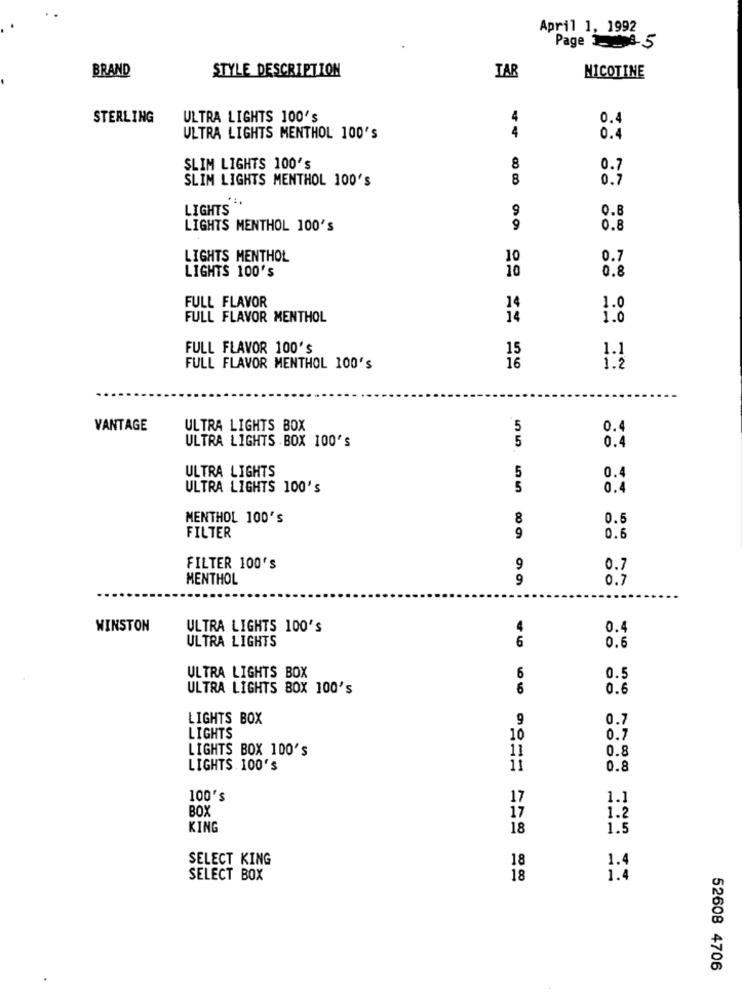
April 1, 1992
Page 14-5
BRAND
STYLE DESCRIPTION
TAR
NICOTINE
STERLING
ULTRA LIGHTS 100's
0.4
ULTRA LIGHTS MENTHOL 100'S
44
0.4
SLIM LIGHTS 100's
8
SLIM LIGHTS MENTHOL 100's
8
LIGHTS
9
0.8
LIGHTS MENTHOL 100's
9
0.8
LIGHTS MENTHOL
10
0.7
LIGHTS 100'S
10
0.8
FULL FLAVOR
14
1.0
FULL FLAVOR MENTHOL
14
1.0
FULL FLAVOR 100's
15
1.1
16
FULL FLAVOR MENTHOL 100's
1.2
VANTAGE
ULTRA LIGHTS BOX
5
0.4
ULTRA LIGHTS BOX 100's
5
0.4
ULTRA LIGHTS
5
0.4
ULTRA LIGHTS 100's
5
0.4
MENTHOL 100'S
8
0.5
FILTER
9
0.6
FILTER 100's
9
0.7
MENTHOL
9
0.7
WINSTON
ULTRA LIGHTS 100'S
0.4
ULTRA LIGHTS
6
0.6
ULTRA LIGHTS BOX
6
0.5
ULTRA LIGHTS BOX 100's
6
0.6
LIGHTS BOX
9
0.7
LIGHTS
10
0.7
LIGHTS BOX 100'S
11
0.8
LIGHTS . 100's
11
0.8
100's
17
1.1
BOX
1.2
17
KING
18
1.5
SELECT KING
18
1.4
SELECT BOX
18
1.4
52608 4706